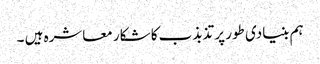
ہم بنیادی طور پر تذبذب کا شکار معاشرہ ہیں ۔